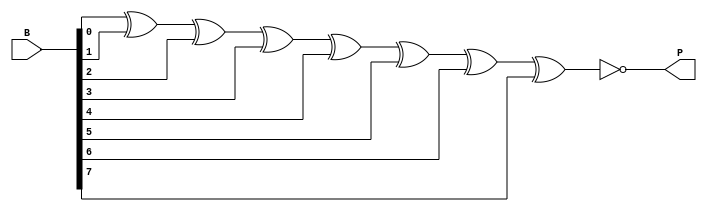
module OPG_design(
    input [7:0] B,
    output reg P
    );
    always @* begin
        P = ~(B[0] ^ B[1] ^ B[2] ^ B[3] ^ B[4] ^ B[5] ^ B[6] ^ B[7]);
    end 
endmodule